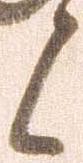
候